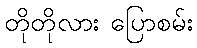
တိုတိုလား ပြောစမ်း